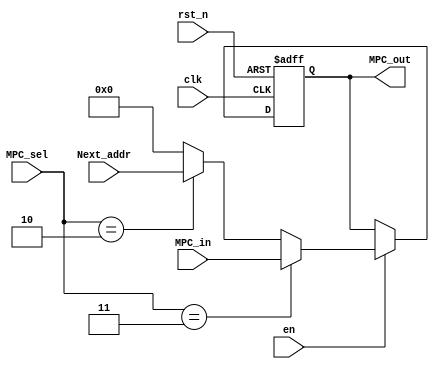
`timescale 1ns / 1ps
//////////////////////////////////////////////////////////////////////////////////
// Company: 
// Engineer: 
// 
// Design Name: 
// Module Name: mpc
// Project Name: 
// Target Devices: 
// Tool Versions: 
// Description: 
// 
// Dependencies: 
// 
// Revision:
// Revision 0.01 - File Created
// Additional Comments:
// 
//////////////////////////////////////////////////////////////////////////////////


module mpc(
    input clk,
    input rst_n,
    input en,
    input[1:0] MPC_sel,
    input[15:0] MPC_in,
    input[15:0] Next_addr,
    output[15:0] MPC_out
  );
reg[15:0] MPC;

assign MPC_out = MPC;

always @(posedge clk or negedge rst_n) begin
  if (!rst_n)
      MPC <= 16'b0;
  else begin
      if(en) begin
          if(MPC_sel == 2'b11)
             MPC <= MPC_in;
          else if(MPC_sel == 2'b10)
             MPC <= Next_addr;
          else begin
              MPC <= 16'b0;
              
          end
      end
  end
end
endmodule